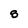
Character: S